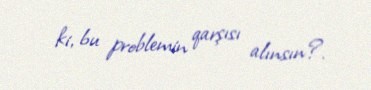
ki, bu problemin qarşısı alınsın?.